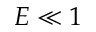
E \ll 1